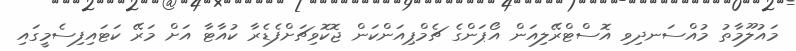
މައުލޫމާތު މުއްސަނދިވި އޮސްޓްރޭލިއަން އޯޕަންގެ ޗެމްޕިއަންކަން ޖޮކޮވިޗަށްފެޑެރާ ކުއާޓާ އަށް މަރޭ ކަޓައިފިސެމީގައި